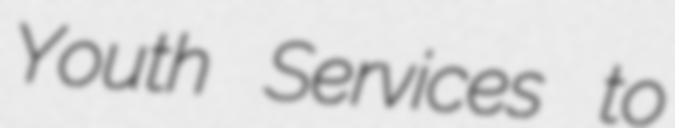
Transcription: Youth Services to